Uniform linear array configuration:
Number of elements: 24
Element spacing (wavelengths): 1
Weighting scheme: cosine
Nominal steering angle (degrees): -30
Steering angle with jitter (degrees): -29.394
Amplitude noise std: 0.05
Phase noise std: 0.05

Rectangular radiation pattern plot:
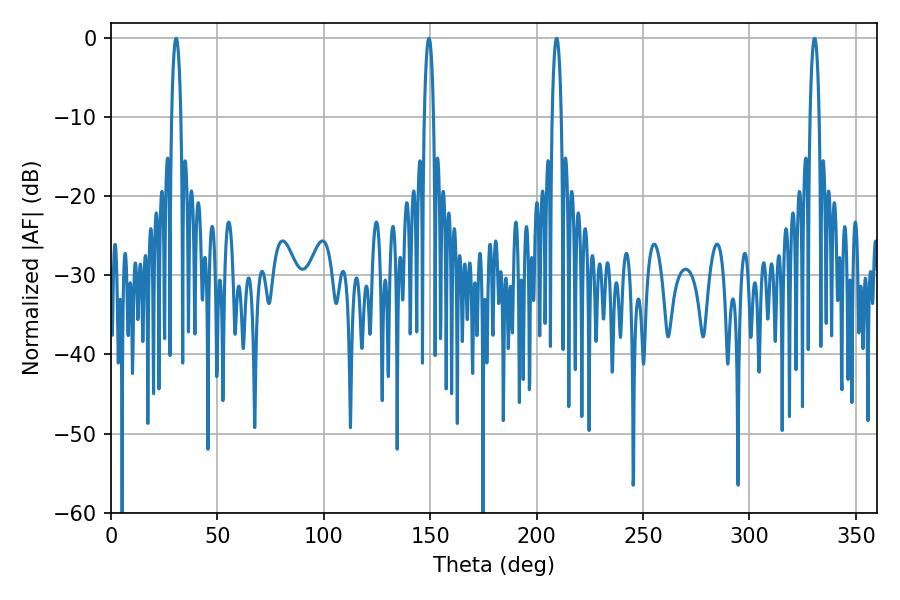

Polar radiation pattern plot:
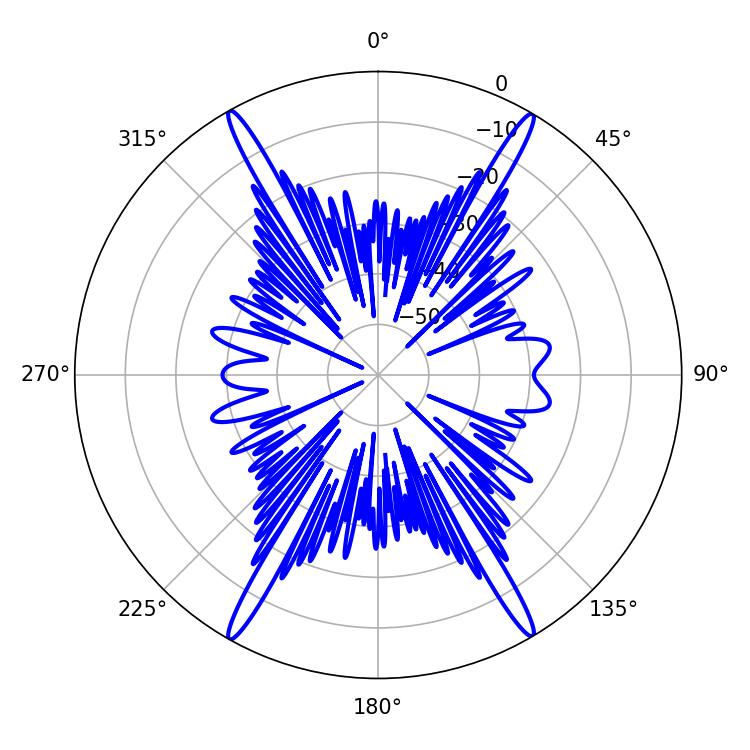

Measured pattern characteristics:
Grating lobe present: TRUE
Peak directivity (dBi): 28.26
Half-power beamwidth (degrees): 2.52
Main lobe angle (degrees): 30.6